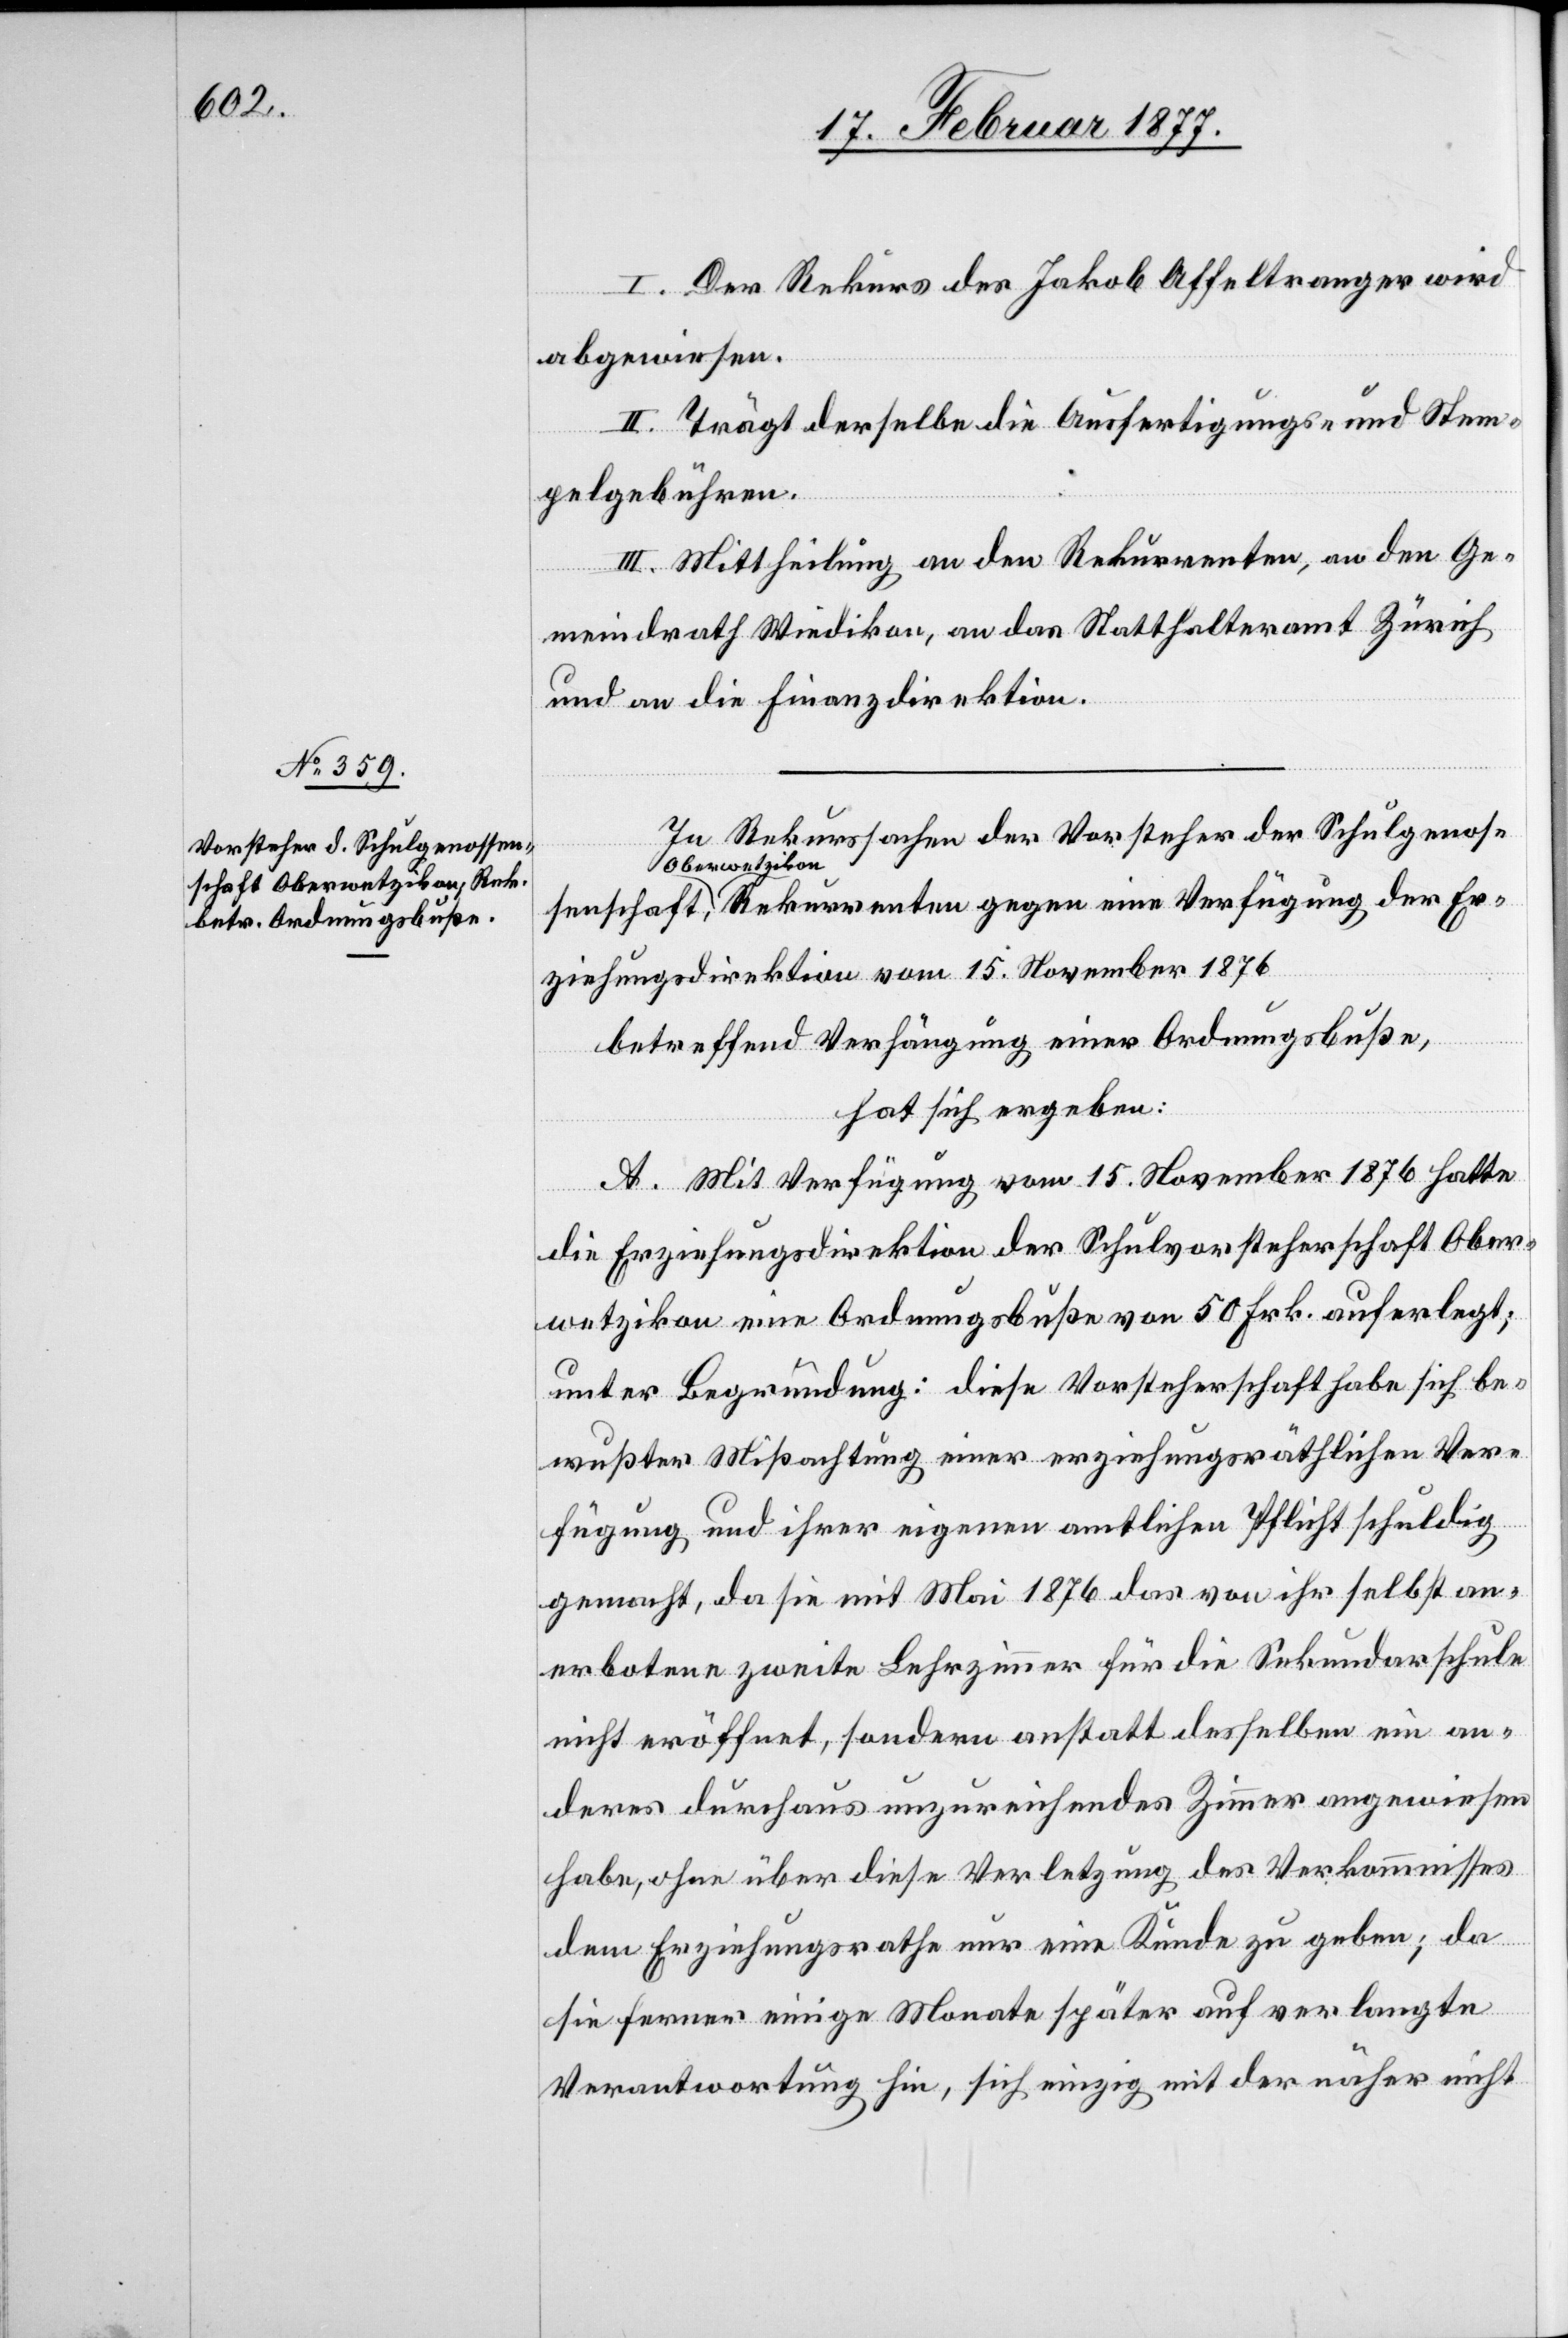
renten
nschaft a-Oberwetzikon-a, Rekur¬

I. Der Rekurs des Jakob Affeltranger wird
abgewiesen.
II. Trägt derselbe die Ausfertigungs- und Stem¬
pelgebühren.
III. Mittheilung an den Rekurrenten, an den Ge¬
meindrath Wiedikon, an das Statthalteramt Zürich
und an die Finanzdirektion.
In Rekurssachen der Vorsteher der Schulgenosse¬
rziehungsdirektion vom 15. November 1876
betreffend Verhängung einer Ordnungsbuße,
hat sich ergeben:
A. Mit Verfügung vom 15. November 1876 hatte
E¬
die Erziehungsdirektion der Schulvorsteherschaft Ober¬
wetzikon eine Ordnungsbuße von 50 Frk, auferlegt;
unter Begründung: diese Vorsteherschaft habe sich be¬
wußter Mißachtung einer erziehungsräthlichen Ver¬
fügung und ihrer eigenen amtlichen Pflicht schuldig
gemacht, da sie mit Mai 1876 das von ihr selbst an¬
erbotene zweite Lehrzimmer für die Sekundarschule
nicht eröffnet, sondern anstatt desselben ein an¬
deres durchaus unzureichendes Zimmer angewiesen
habe, ohne über diese Verletzung des Verkommnisses
dem Erziehungsrath nur eine Kunde zu geben; da
sie ferner einige Monate später auf verlangte
Verantwortung hin, sich einzig mit der näher nicht